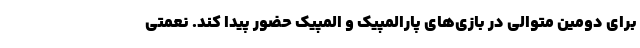
برای دومین متوالی در بازی‌های پارالمپیک و المپیک حضور پیدا کند. نعمتی